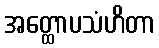
အတ္ထောပသံဟိတာ